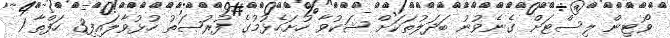
ވޯޓިން ލިސްޓަށް ގެނެވުނު ބަދަލުތަކަށް ޝަކުވާ ހުށަހެޅުމުގެ ފުރުޞަތު ހުޅުވާލައިފި3 ހަފްތާ 1